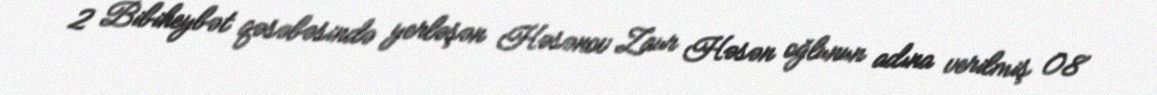
2 Bibiheybət qəsəbəsində yerləşən Həsənov Zaur Həsən oğlunun adına verilmiş 08